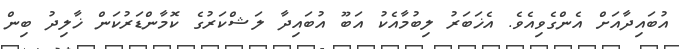
އުބައިދާއަށް އެންގެވިއެވެ. އެޚަބަރު ލިބުމާއެކު އަބޫ އުބައިދާ ލަޝްކަރުގެ ކޮމާންޑަރުކަން ޚާލިދު ބިން